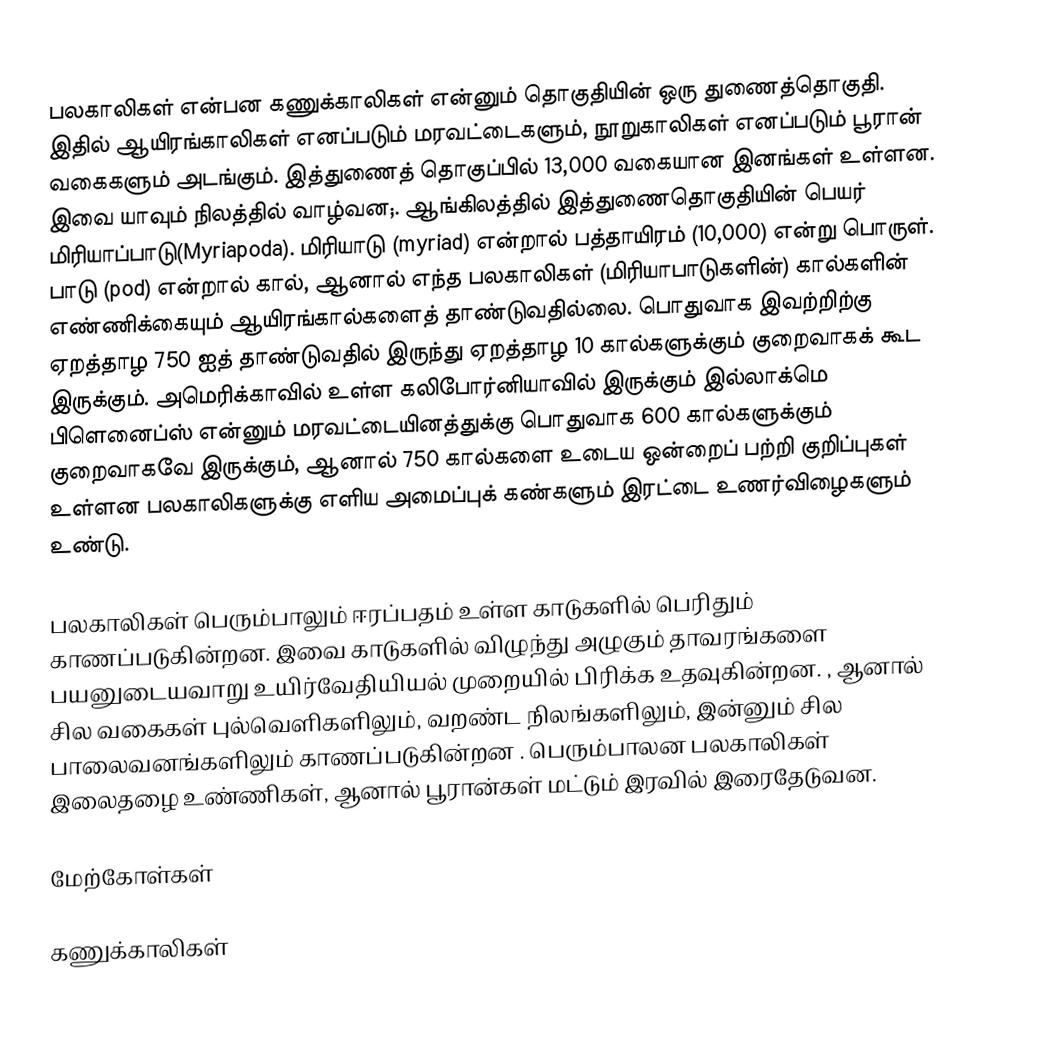
பலகாலிகள் என்பன கணுக்காலிகள் என்னும் தொகுதியின் ஒரு துணைத்தொகுதி. இதில் ஆயிரங்காலிகள் எனப்படும் மரவட்டைகளும், நூறுகாலிகள் எனப்படும் பூரான் வகைகளும் அடங்கும். இத்துணைத் தொகுப்பில் 13,000 வகையான இனங்கள் உள்ளன. இவை யாவும் நிலத்தில் வாழ்வன;. ஆங்கிலத்தில் இத்துணைதொகுதியின் பெயர் மிரியாப்பாடு(Myriapoda). மிரியாடு (myriad) என்றால் பத்தாயிரம் (10,000) என்று பொருள். பாடு (pod) என்றால் கால், ஆனால் எந்த பலகாலிகள் (மிரியாபாடுகளின்) கால்களின் எண்ணிக்கையும் ஆயிரங்கால்களைத் தாண்டுவதில்லை. பொதுவாக இவற்றிற்கு ஏறத்தாழ 750 ஐத் தாண்டுவதில் இருந்து ஏறத்தாழ 10 கால்களுக்கும் குறைவாகக் கூட இருக்கும். அமெரிக்காவில் உள்ள கலிபோர்னியாவில் இருக்கும் இல்லாக்மெ பிளெனைப்ஸ் என்னும் மரவட்டையினத்துக்கு பொதுவாக 600 கால்களுக்கும் குறைவாகவே இருக்கும், ஆனால் 750 கால்களை உடைய ஒன்றைப் பற்றி குறிப்புகள் உள்ளன   பலகாலிகளுக்கு எளிய அமைப்புக் கண்களும் இரட்டை உணர்விழைகளும் உண்டு.

பலகாலிகள் பெரும்பாலும் ஈரப்பதம் உள்ள காடுகளில் பெரிதும் காணப்படுகின்றன. இவை காடுகளில் விழுந்து அழுகும் தாவரங்களை பயனுடையவாறு உயிர்வேதியியல் முறையில் பிரிக்க உதவுகின்றன.  , ஆனால் சில வகைகள் புல்வெளிகளிலும், வறண்ட நிலங்களிலும், இன்னும் சில பாலைவனங்களிலும் காணப்படுகின்றன  . பெரும்பாலன பலகாலிகள் இலைதழை உண்ணிகள், ஆனால் பூரான்கள் மட்டும் இரவில் இரைதேடுவன.

மேற்கோள்கள்

கணுக்காலிகள்